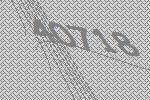
40718